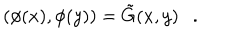
LaTeX: ( \phi ( x ) , \phi ( y ) ) = \tilde { G } ( x , y ) .